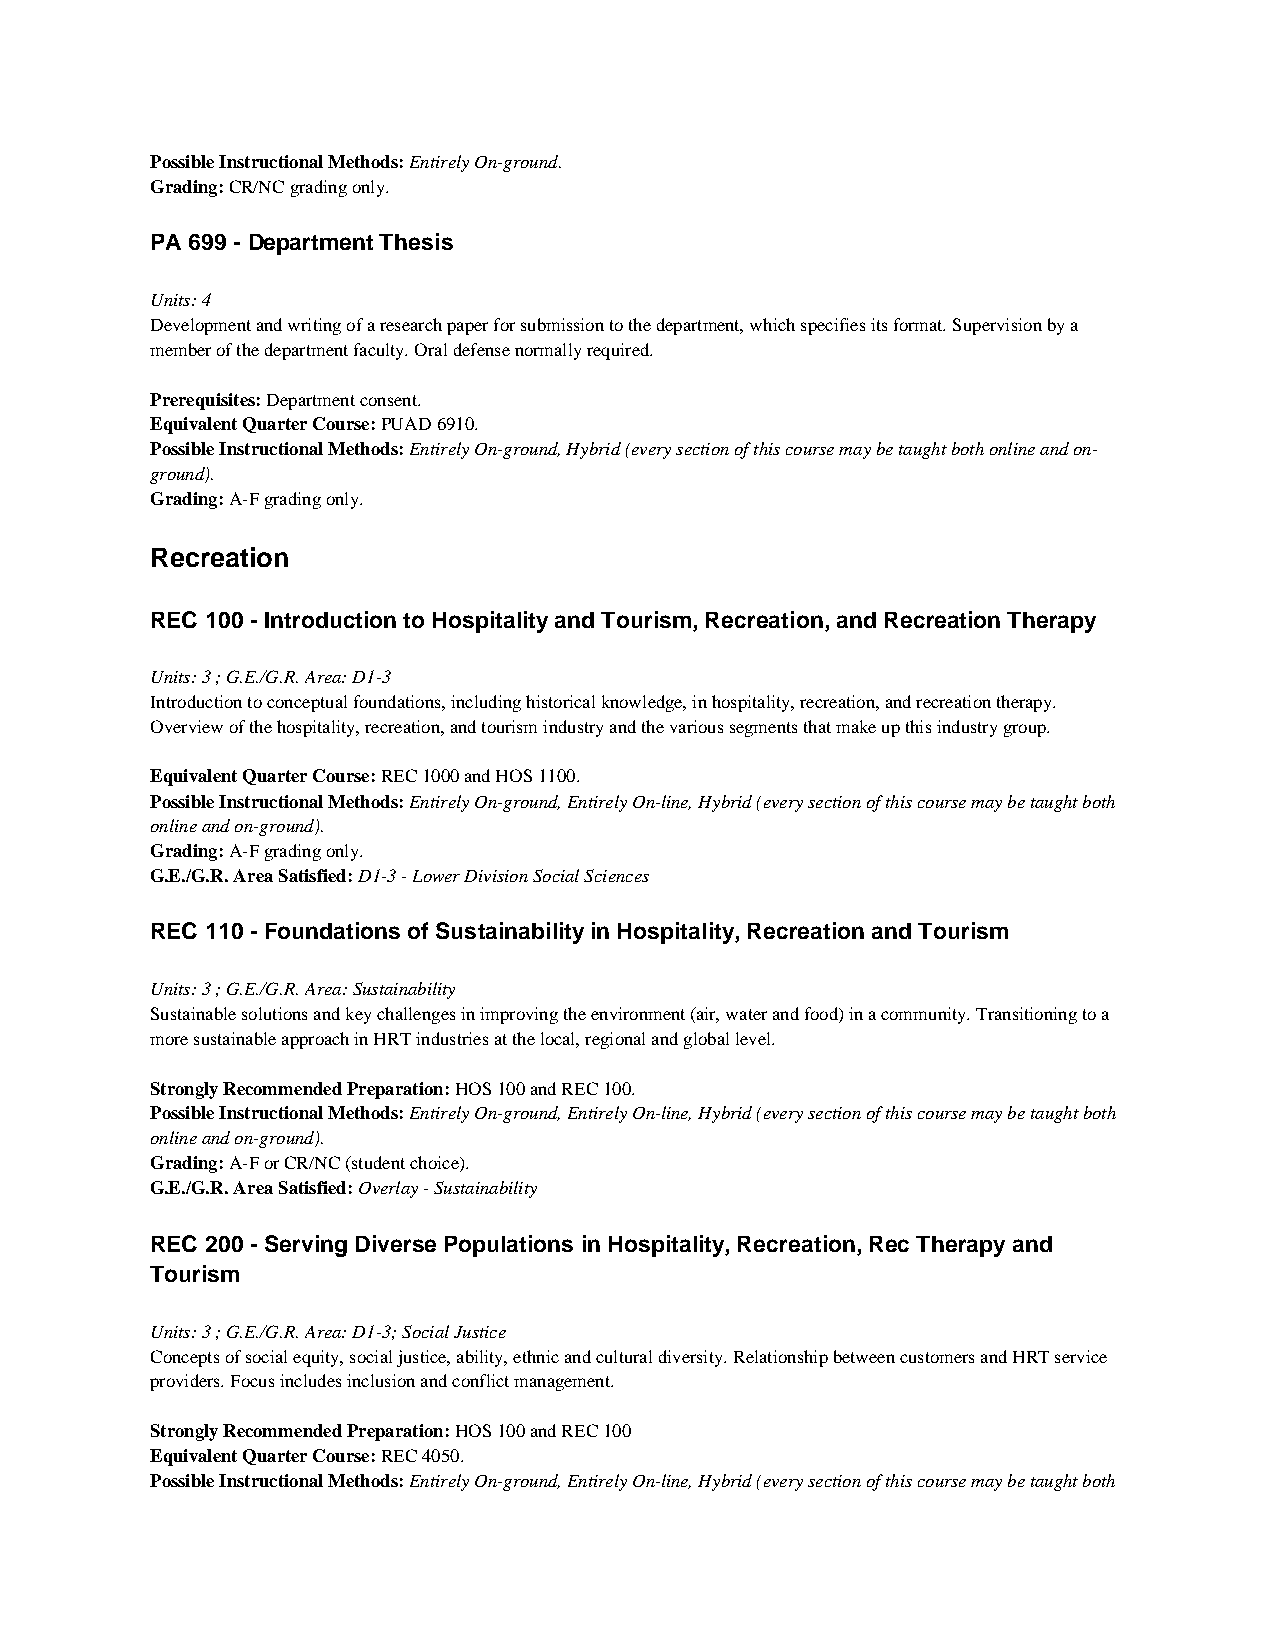
Possible Instructional Methods: Entirely On-ground.
 Grading: CR/NC grading only.
 PA 699 - Department Thesis
 Units: 4
 Development and writing of a research paper for submission to the department, which specifies its format. Supervision by a
 member of the department faculty. Oral defense normally required.
 Prerequisites: Department consent.
 Equivalent Quarter Course: PUAD 6910.
 Possible Instructional Methods: Entirely On-ground, Hybrid (every section of this course may be taught both online and on-
 ground).
 Grading: A-F grading only.
 Recreation
 REC 100 - Introduction to Hospitality and Tourism, Recreation, and Recreation Therapy
 Units: 3 ; G.E./G.R. Area: D1-3
 Introduction to conceptual foundations, including historical knowledge, in hospitality, recreation, and recreation therapy.
 Overview of the hospitality, recreation, and tourism industry and the various segments that make up this industry group.
 Equivalent Quarter Course: REC 1000 and HOS 1100.
 Possible Instructional Methods: Entirely On-ground, Entirely On-line, Hybrid (every section of this course may be taught both
 online and on-ground).
 Grading: A-F grading only.
 G.E./G.R. Area Satisfied: D1-3 - Lower Division Social Sciences
 REC 110 - Foundations of Sustainability in Hospitality, Recreation and Tourism
 Units: 3 ; G.E./G.R. Area: Sustainability
 Sustainable solutions and key challenges in improving the environment (air, water and food) in a community. Transitioning to a
 more sustainable approach in HRT industries at the local, regional and global level.
 Strongly Recommended Preparation: HOS 100 and REC 100.
 Possible Instructional Methods: Entirely On-ground, Entirely On-line, Hybrid (every section of this course may be taught both
 online and on-ground).
 Grading: A-F or CR/NC (student choice).
 G.E./G.R. Area Satisfied: Overlay - Sustainability
 REC 200 - Serving Diverse Populations in Hospitality, Recreation, Rec Therapy and
 Tourism
 Units: 3 ; G.E./G.R. Area: D1-3; Social Justice
 Concepts of social equity, social justice, ability, ethnic and cultural diversity. Relationship between customers and HRT service
 providers. Focus includes inclusion and conflict management.
 Strongly Recommended Preparation: HOS 100 and REC 100
 Equivalent Quarter Course: REC 4050.
 Possible Instructional Methods: Entirely On-ground, Entirely On-line, Hybrid (every section of this course may be taught both